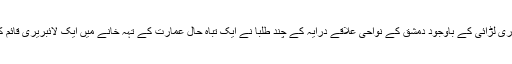
شام میں حکومت اور باغیوں کے درمیان جاری لڑائی کے باوجود دمشق کے نواحی علاقے درایہ کے چند طلبا نے ایک تباہ حال عمارت کے تہہ خانے میں ایک لائبریری قائم کی جہاں لگ بھگ 1400 کتب موجود تھیں۔